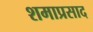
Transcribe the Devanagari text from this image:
शमाप्रसाद